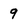
Character: 9